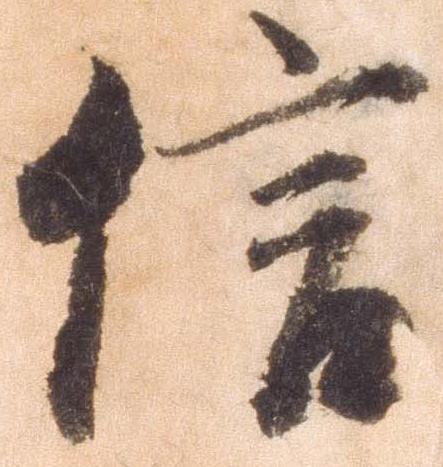
信